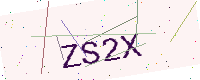
Text: ZS2X